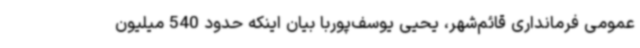
عمومی فرمانداری قائم‌شهر، یحیی یوسف‌پوربا بیان اینکه حدود 540 میلیون